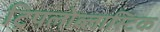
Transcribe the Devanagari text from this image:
ट्रिपलोब्लास्टिक